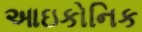
આઇકોનિક